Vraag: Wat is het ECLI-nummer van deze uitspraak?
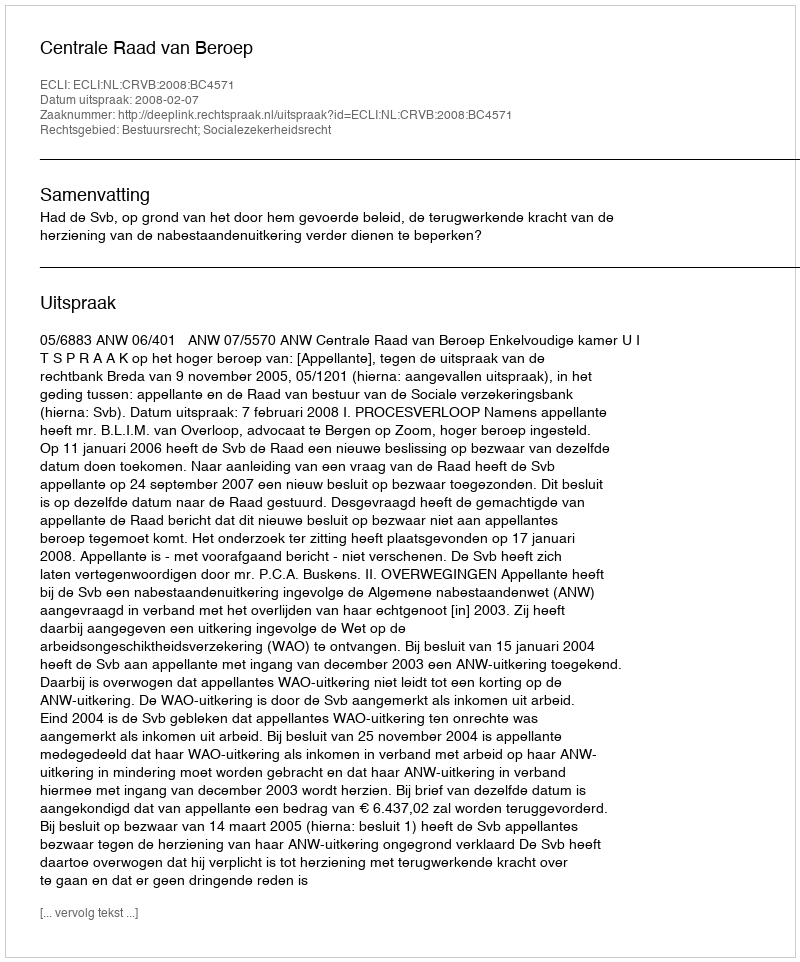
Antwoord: ECLI:NL:CRVB:2008:BC4571